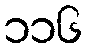
၁၁၆